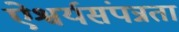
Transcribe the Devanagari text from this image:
ऐश्वर्यसंपन्नता